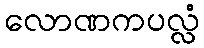
လောဏကပလ္လံ